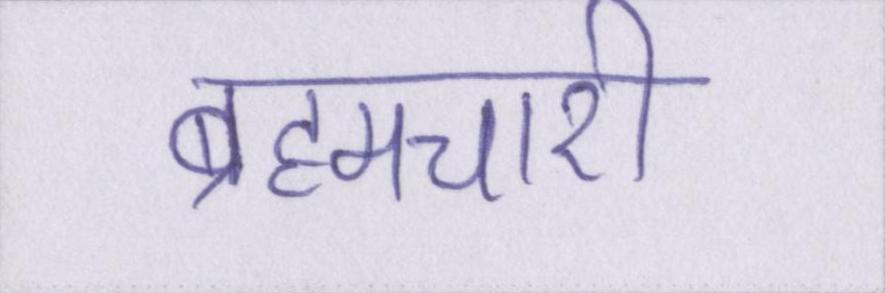
ब्रह्मचारी